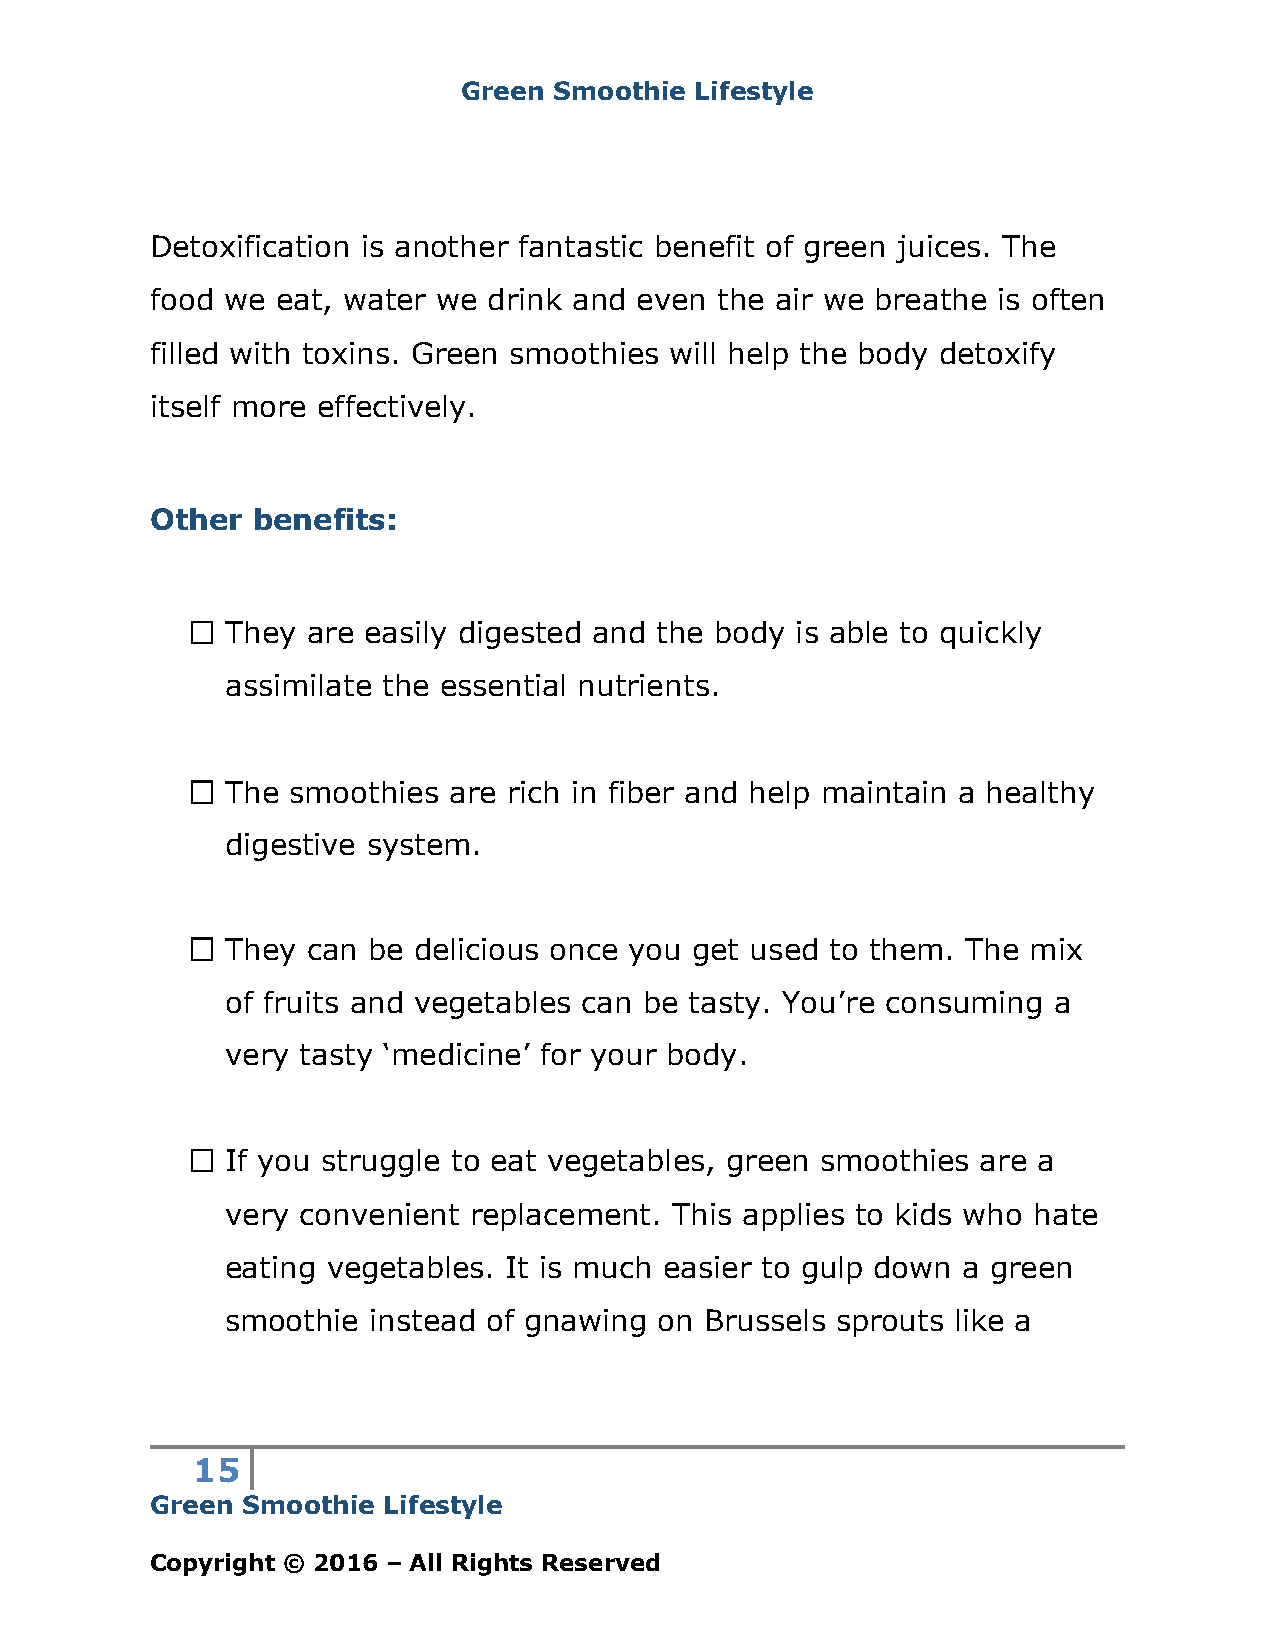
Green Smoothie Lifestyle
 Detoxification is another fantastic benefit of green juices. The
 food we eat, water we drink and even the air we breathe is often
 filled with toxins. Green smoothies will help the body detoxify
 itself more effectively.
 Other  benefits:
 They are easily digested and the body is able to quickly
 assimilate the essential nutrients.
 The smoothies  are rich in fiber and help maintain a healthy
 digestive system.
 They can be delicious once you get used to them. The mix
 of fruits and vegetables can be tasty. You’re consuming a
 very tasty ‘medicine’ for your body.
 If you struggle to eat vegetables, green smoothies are a
 very convenient replacement.  This applies to kids who hate
 eating vegetables. It is much easier to gulp down a green
 smoothie instead of gnawing  on Brussels sprouts like a
 15
 Green Smoothie Lifestyle
 Copyright © 2016 – All Rights Reserved